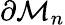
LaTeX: \partial\mathcal{M}_{n}